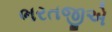
ભરતજીએ